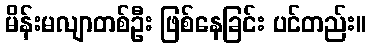
မိန်းမလျာတစ်ဦး ဖြစ်နေခြင်း ပင်တည်း။